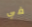
في